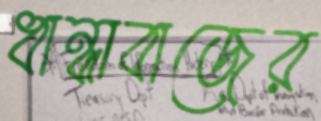
ধান্ধাবাজের